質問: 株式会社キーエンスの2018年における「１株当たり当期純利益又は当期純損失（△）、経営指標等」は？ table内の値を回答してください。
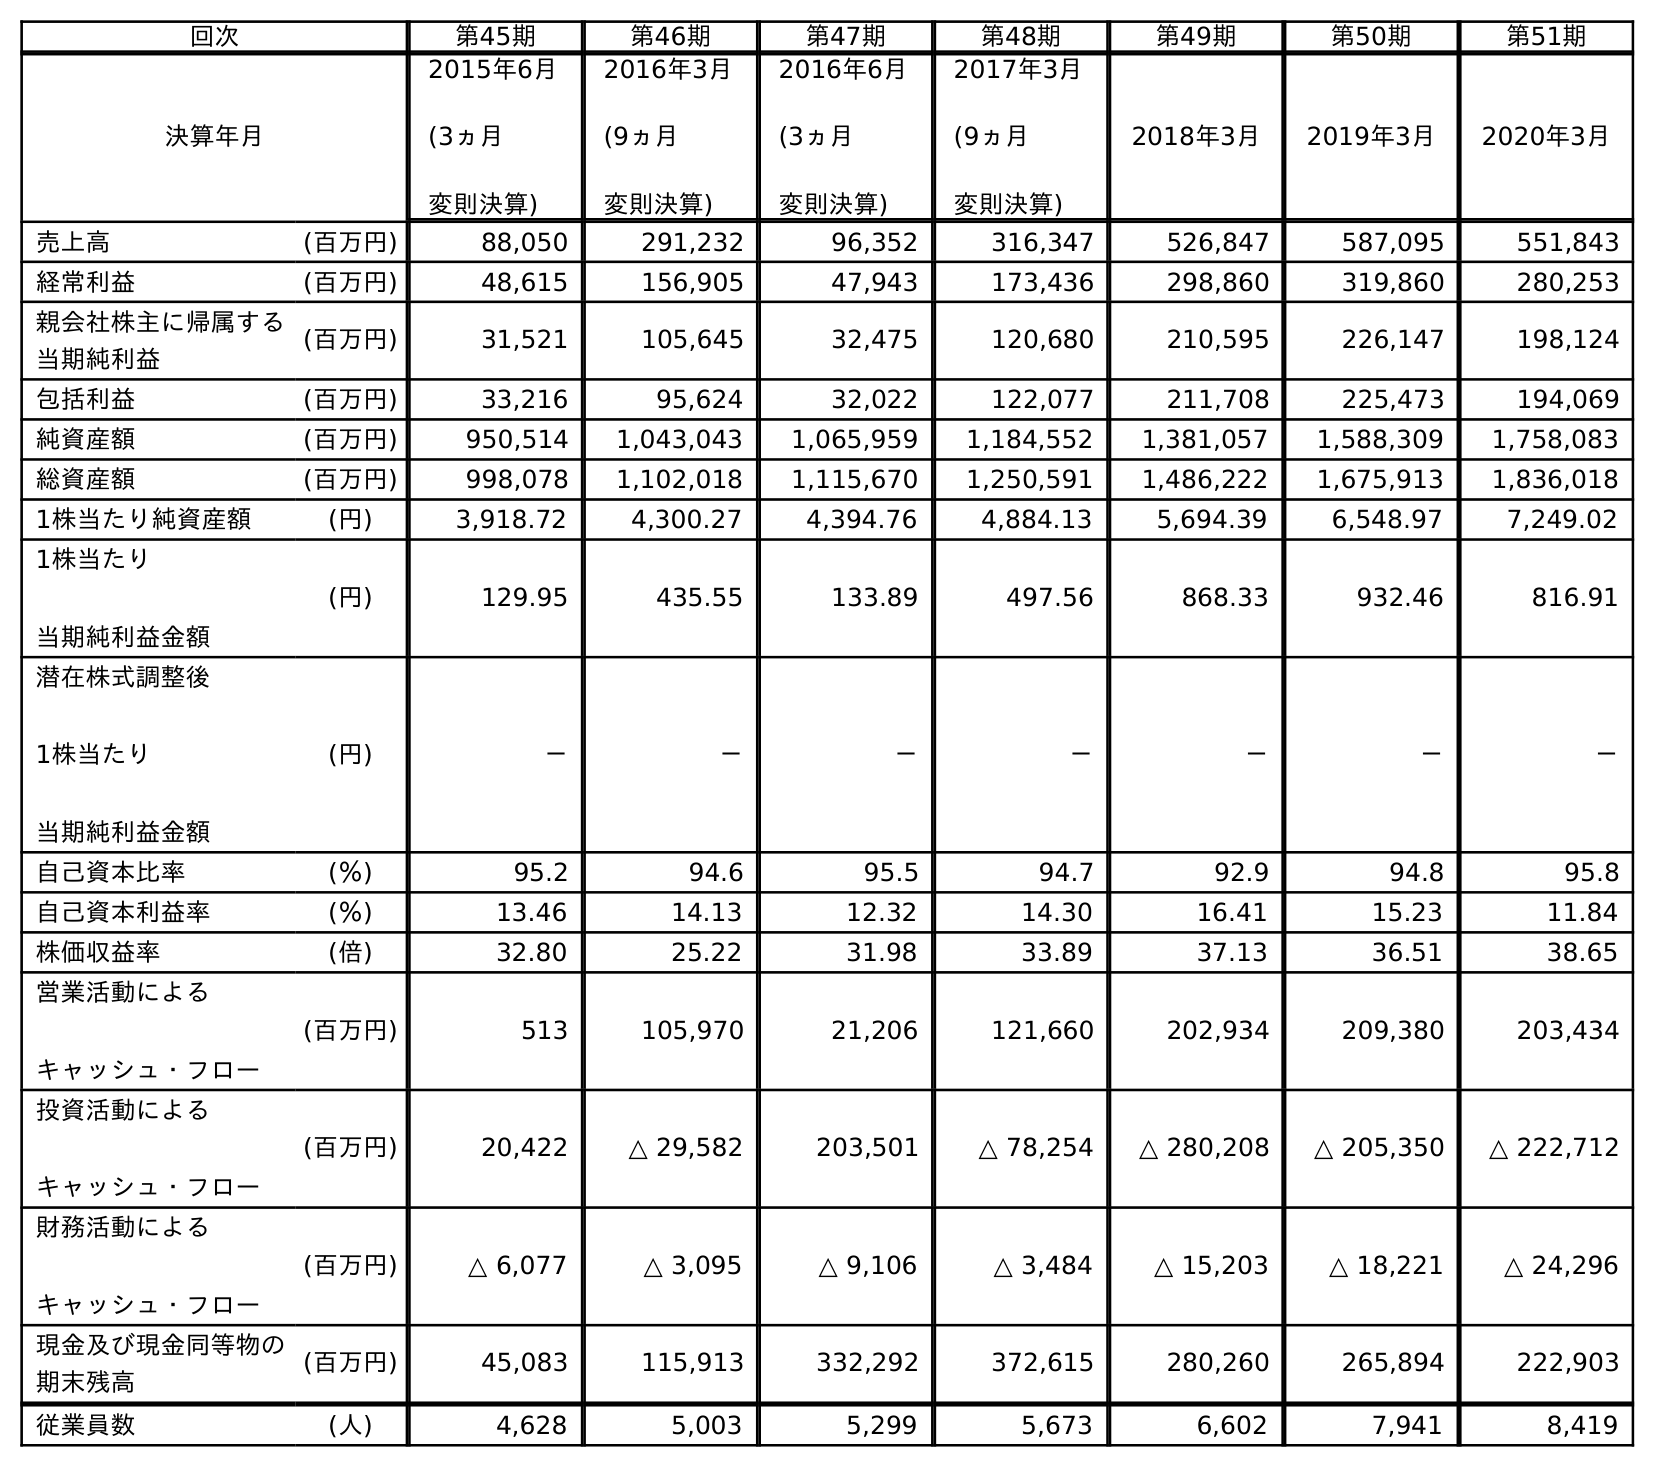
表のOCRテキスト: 回次 第45期 第46期 第47期 第48期 第49期 第50期 第51期 決算年月 2015年6月 (3ヵ月 変則決算) 2016年3月 (9ヵ月 変則決算) 2016年6月 (3ヵ月 変則決算) 2017年3月 (9ヵ月 変則決算) 2018年3月 2019年3月 2020年3月 売上高 (百万円) 88,050 291,232 96,352 316,347 526,847 587,095 551,843 経常利益 (百万円) 48,615 156,905 47,943 173,436 298,860 319,860 280,253 親会社株主に帰属する 当期純利益 (百万円) 31,521 105,645 32,475 120,680 210,595 226,147 198,124 包括利益 (百万円) 33,216 95,624 32,022 122,077 211,708 225,473 194,069 純資産額 (百万円) 950,514 1,043,043 1,065,959 1,184,552 1,381,057 1,588,309 1,758,083 総資産額 (百万円) 998,078 1,102,018 1,115,670 1,250,591 1,486,222 1,675,913 1,836,018 1株当たり純資産額 (円) 3,918.72 4,300.27 4,394.76 4,884.13 5,694.39 6,548.97 7,249.02 1株当たり 当期純利益金額 (円) 129.95 435.55 133.89 497.56 868.33 932.46 816.91 潜在株式調整後 1株当たり 当期純利益金額 (円) － － － － － － － 自己資本比率 (％) 95.2 94.6 95.5 94.7 92.9 94.8 95.8 自己資本利益率 (％) 13.46 14.13 12.32 14.30 16.41 15.23 11.84 株価収益率 (倍) 32.80 25.22 31.98 33.89 37.13 36.51 38.65 営業活動による キャッシュ・フロー (百万円) 513 105,970 21,206 121,660 202,934 209,380 203,434 投資活動による キャッシュ・フロー (百万円) 20,422 △ 29,582 203,501 △ 78,254 △ 280,208 △ 205,350 △ 222,712 財務活動による キャッシュ・フロー (百万円) △ 6,077 △ 3,095 △ 9,106 △ 3,484 △ 15,203 △ 18,221 △ 24,296 現金及び現金同等物の 期末残高 (百万円) 45,083 115,913 332,292 372,615 280,260 265,894 222,903 従業員数 (人) 4,628 5,003 5,299 5,673 6,602 7,941 8,419
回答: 868.33